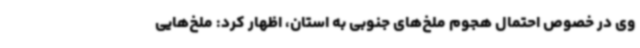
وی در خصوص احتمال هجوم ملخ‌های جنوبی به استان، اظهار کرد: ملخ‌هایی